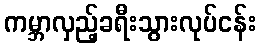
ကမ္ဘာလှည့်ခရီးသွားလုပ်ငန်း